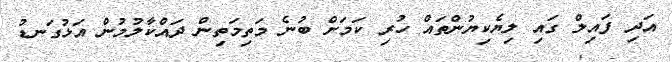
އަދި ފައިލް ގައި ލިޔެކިޔުންތައް ހުރި ކަމަށް ބުނެ މަތިމަތިން ދައްކާލުމުން އަޅުގަނޑު